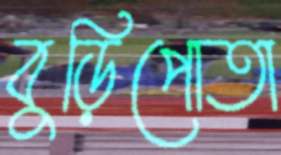
বুড়িপোতা